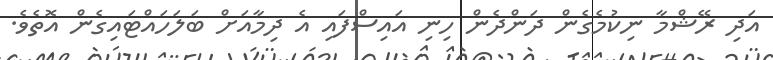
އަދި ރޭޝްމާ ނިކުމެގެން ދަންދެން ހިނި އައިސްފައި އެ ދިމާއަށް ބަލަހައްޓައިގެން އޮތެވެ.